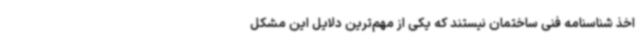
اخذ شناسنامه فنی ساختمان نیستند که یکی از مهم‌ترین دلایل این مشکل